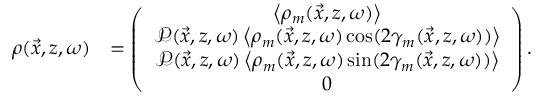
\begin{array} { r l } { \boldsymbol { \rho } ( \vec { x } , z , \omega ) } & { = \left( \begin{array} { c } { \left\langle \rho _ { m } ( \vec { x } , z , \omega ) \right\rangle } \\ { \mathcal { P } ( \vec { x } , z , \omega ) \left\langle \rho _ { m } ( \vec { x } , z , \omega ) \cos ( 2 \gamma _ { m } ( \vec { x } , z , \omega ) ) \right\rangle } \\ { \mathcal { P } ( \vec { x } , z , \omega ) \left\langle \rho _ { m } ( \vec { x } , z , \omega ) \sin ( 2 \gamma _ { m } ( \vec { x } , z , \omega ) ) \right\rangle } \\ { 0 } \end{array} \right) . } \end{array}